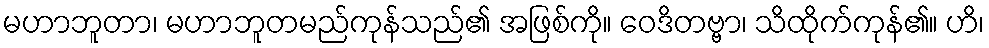
မဟာဘူတာ၊ မဟာဘူတမည်ကုန်သည်၏ အဖြစ်ကို။ ဝေဒိတဗ္ဗာ၊ သိထိုက်ကုန်၏။ ဟိ၊